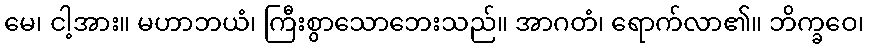
မေ၊ ငါ့အား။ မဟာဘယံ၊ ကြီးစွာသောဘေးသည်။ အာဂတံ၊ ရောက်လာ၏။ ဘိက္ခဝေ၊